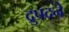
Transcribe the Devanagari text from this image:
द्रुपदने